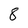
Character: 8